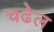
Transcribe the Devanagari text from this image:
चढेल